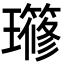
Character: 𤪱